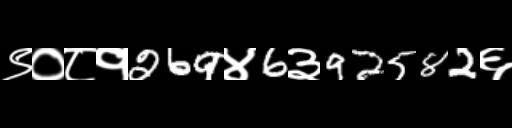
Text: ९०८१269४6३92582६